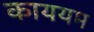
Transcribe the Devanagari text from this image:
काययम